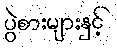
ပွဲစားများနှင့်